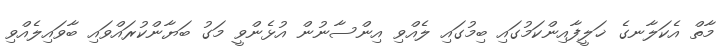
މާތް އެކަލާނގެ ޚަލީފާއިންކަމުގައި ބިމުގައި ލެއްވި އިންސާނުން އުޅެންވީ މަގު ބަޔާންކުރައްވައި ބާވައިލެއްވި